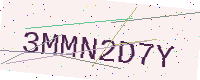
Text: 3MMN2D7Y